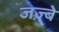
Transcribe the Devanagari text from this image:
जज़्बे